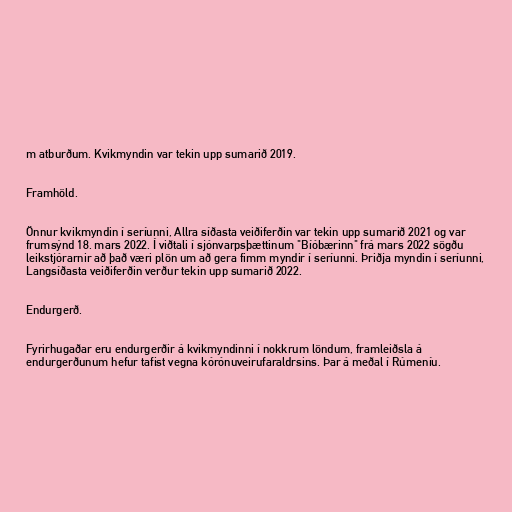
m atburðum. Kvikmyndin var tekin upp sumarið 2019.

Framhöld.

Önnur kvikmyndin í seríunni, Allra síðasta veiðiferðin var tekin upp sumarið 2021 og var
frumsýnd 18. mars 2022. Í viðtali í sjónvarpsþættinum "Bíóbærinn" frá mars 2022 sögðu
leikstjórarnir að það væri plön um að gera fimm myndir í seríunni. Þriðja myndin í seríunni,
Langsíðasta veiðiferðin verður tekin upp sumarið 2022.

Endurgerð.

Fyrirhugaðar eru endurgerðir á kvikmyndinni í nokkrum löndum, framleiðsla á
endurgerðunum hefur tafist vegna kórónuveirufaraldrsins. Þar á meðal í Rúmeníu.